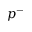
p ^ { - }